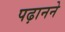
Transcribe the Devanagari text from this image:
पढ़ानने